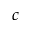
c